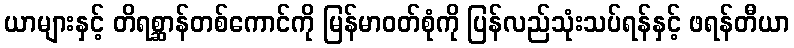
ယာများနှင့် တိရစ္ဆာန်တစ်ကောင်ကို မြန်မာဝတ်စုံကို ပြန်လည်သုံးသပ်ရန်နှင့် ဖရန်တီယာ